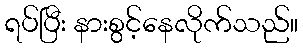
ရပ်ပြီး နားစွင့်နေလိုက်သည်။